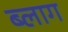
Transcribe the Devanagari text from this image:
ब्‍लाग